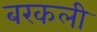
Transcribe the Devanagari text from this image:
बरकली